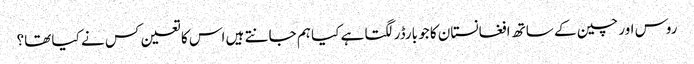
روس اور چین کے ساتھ افغانستان کا جو بارڈر لگتا ہے کیا ہم جانتے ہیں اس کا تعین کس نے کیا تھا؟